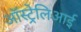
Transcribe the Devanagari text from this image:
ऑस्ट्रेलिआई